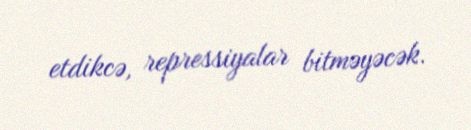
etdikcə, repressiyalar bitməyəcək.